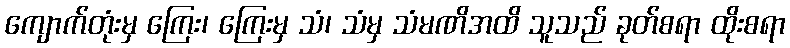
ကျောက်တုံးမှ ကြေး၊ ကြေးမှ သံ၊ သံမှ သံမဏိအထိ သူသည် ခုတ်စရာ ထိုးစရာ